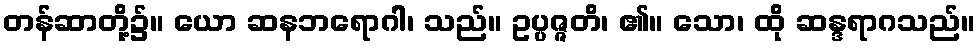
တန်ဆာတို့၌။ ယော ဆနဘရောဂါ၊ သည်။ ဥပ္ပဇ္ဇတိ၊ ၏။ သော၊ ထို ဆန္ဒရာဂသည်။